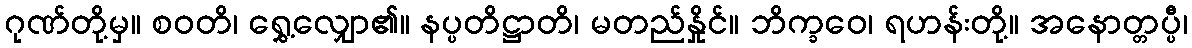
ဂုဏ်တို့မှ။ စဝတိ၊ ရွှေ့လျှော၏။ နပ္ပတိဋ္ဌာတိ၊ မတည်နှိုင်။ ဘိက္ခဝေ၊ ရဟန်းတို့။ အနောတ္တပ္ပီ၊